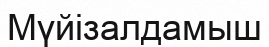
Мүйізалдамыш